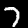
Label: 7